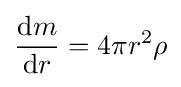
{{\mbox{d}}m \over {\mbox{d}}r}=4\pi r^{2}\rho